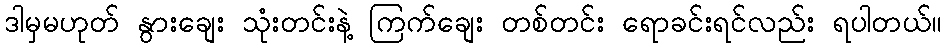
ဒါမှမဟုတ် နွားချေး သုံးတင်းနဲ့ ကြက်ချေး တစ်တင်း ရောခင်းရင်လည်း ရပါတယ်။